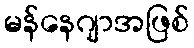
မန်နေဂျာအဖြစ်